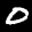
Label: 0